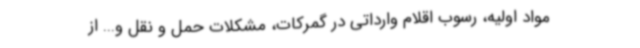
مواد اولیه، رسوب اقلام وارداتی در گمرکات، مشکلات حمل و نقل و... از